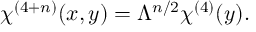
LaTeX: \chi ^ { ( 4 + n ) } ( x , y ) = \Lambda ^ { n / 2 } \chi ^ { ( 4 ) } ( y ) .